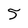
Character: 5